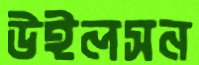
উইলসন